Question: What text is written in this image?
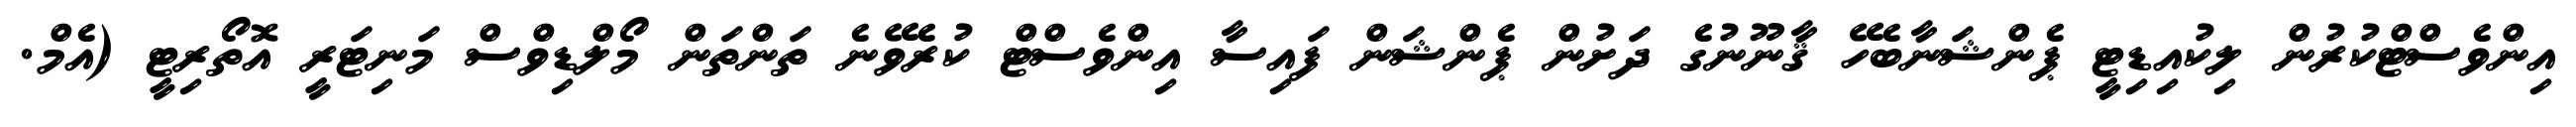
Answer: އިންވެސްޓްކުރުން ލިކުއިޑިޓީ ޕެންޝަނާބެހޭ ޤާނޫނުގެ ދަށުން ޕެންޝަން ފައިސާ އިންވެސްޓް ކުރެވޭނެ ތަންތަން މޯލްޑިވްސް މަނިޓަރީ އޮތޯރިޓީ (އެމް.